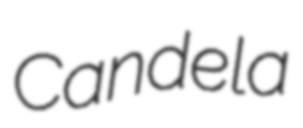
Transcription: Candela